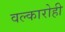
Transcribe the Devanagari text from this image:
वल्कारोही